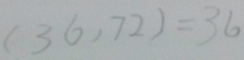
( 3 6 , 7 2 ) = 3 6